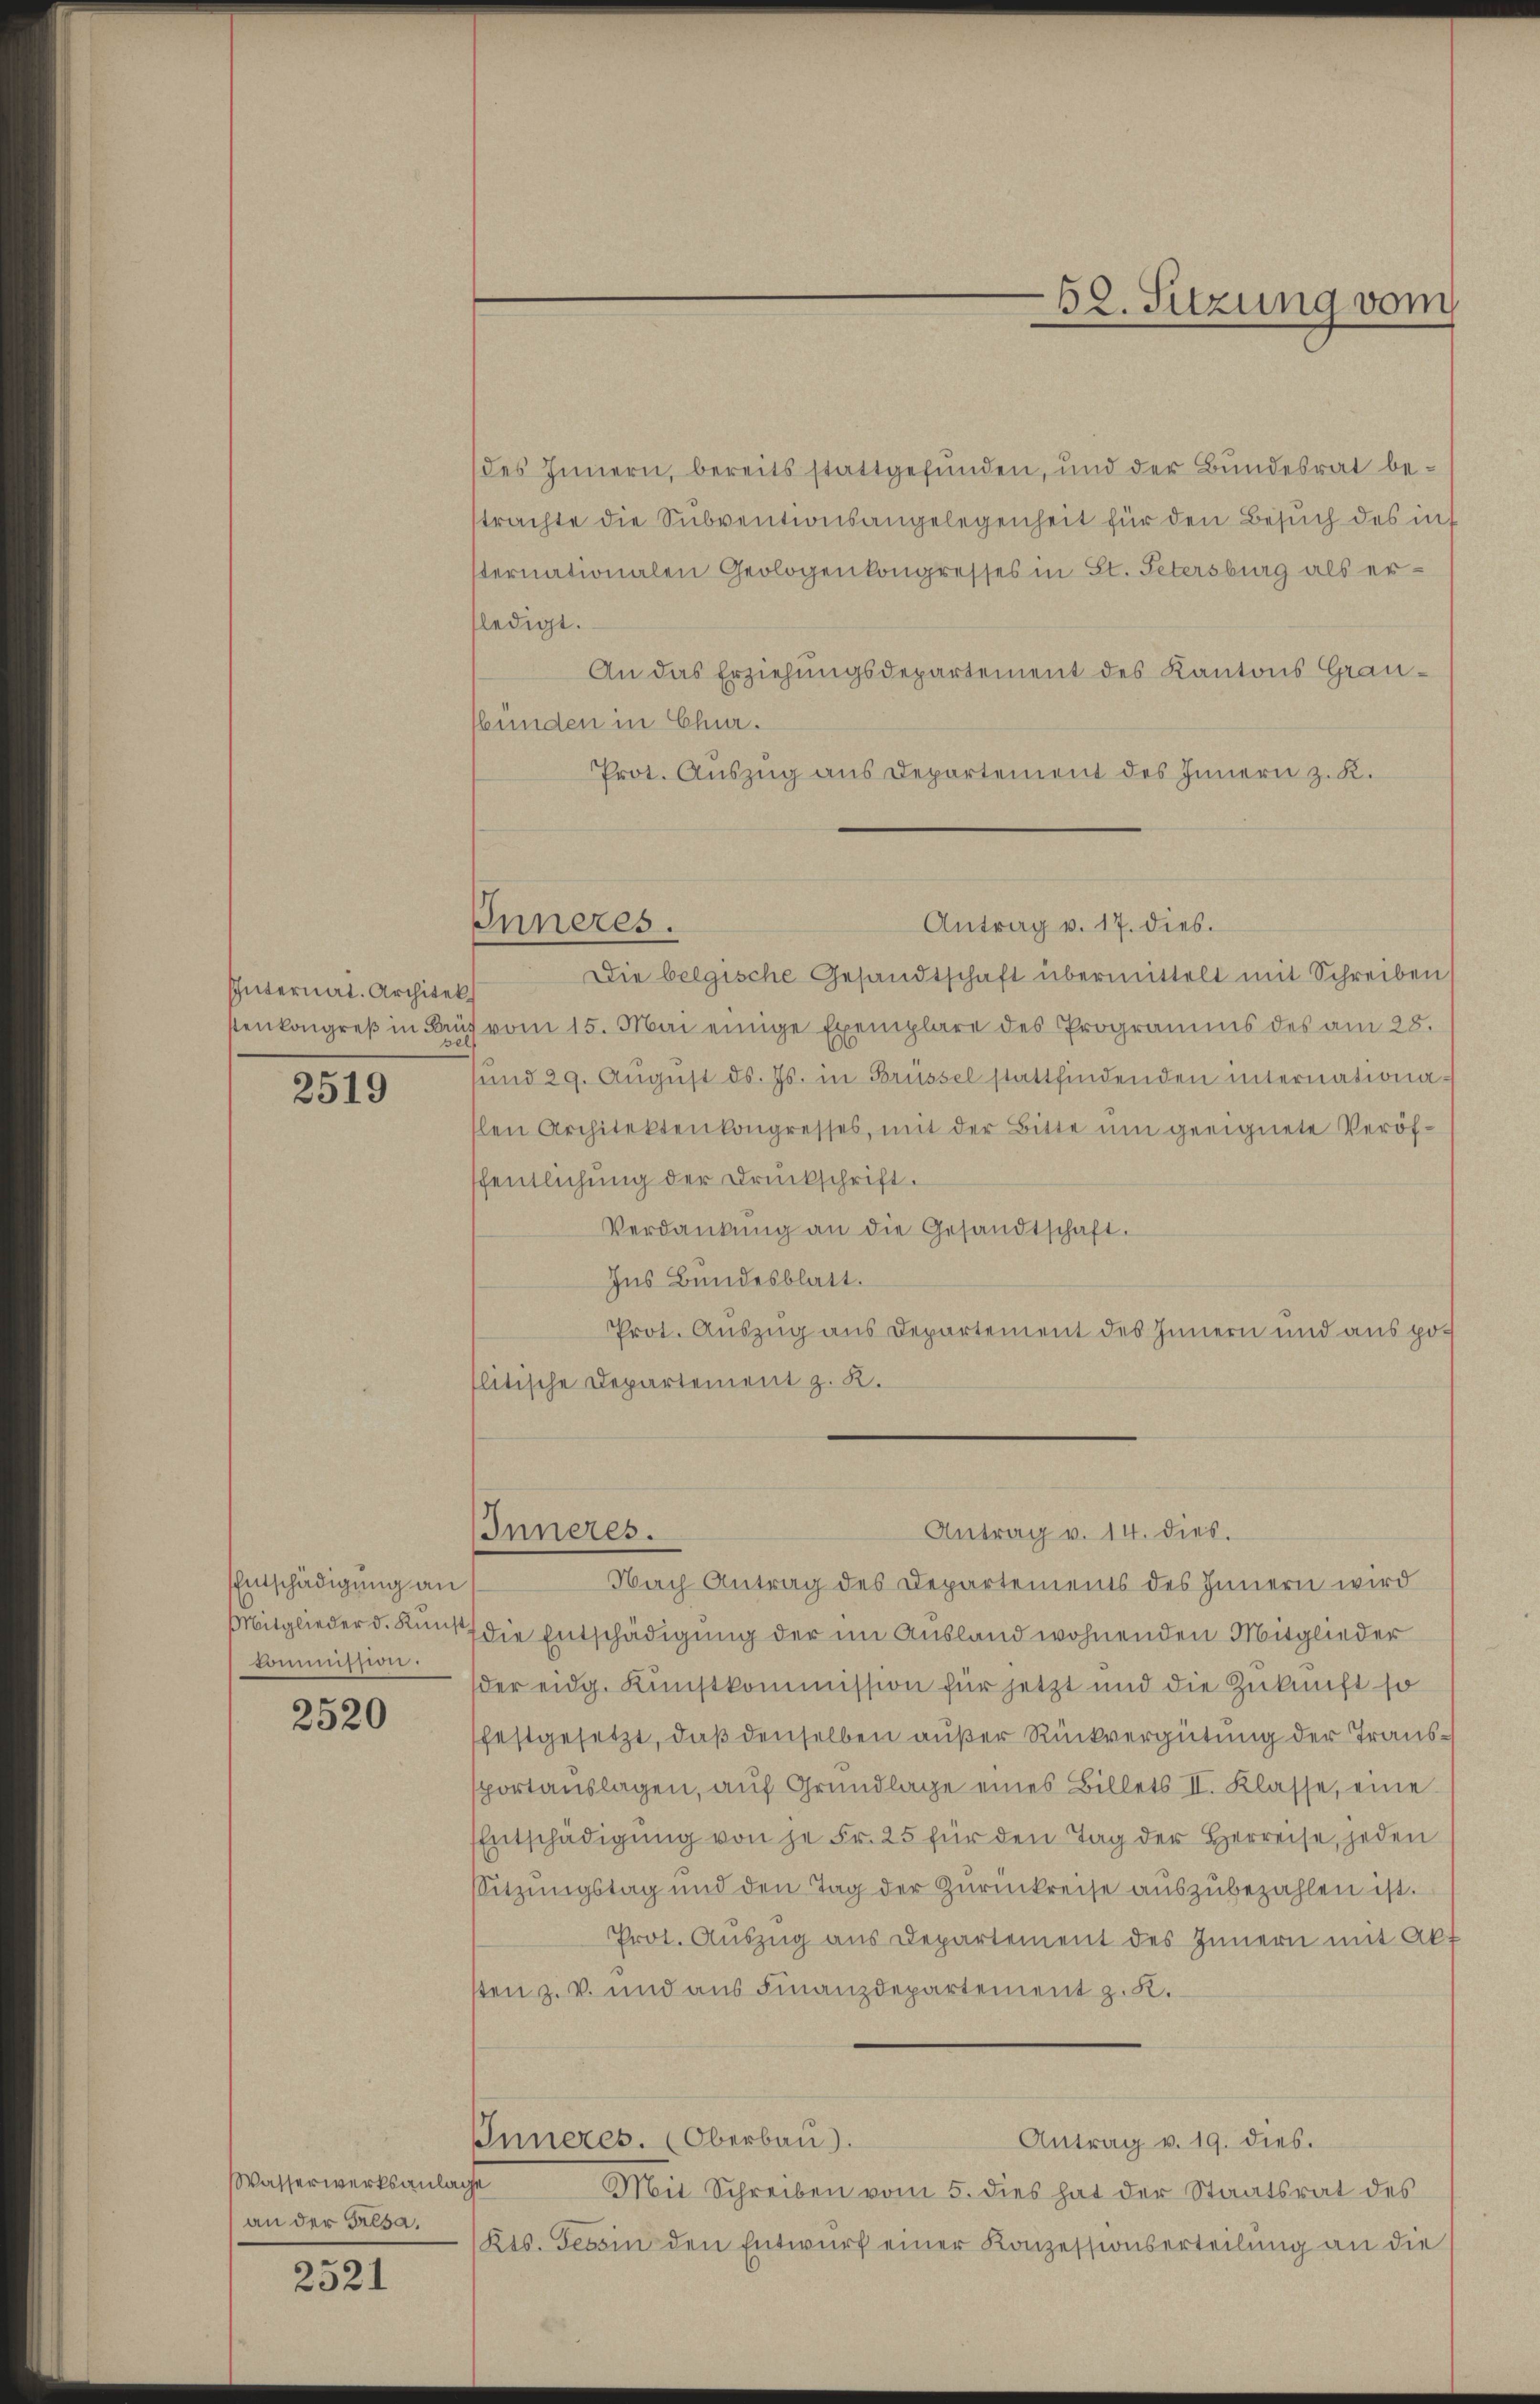
52. Sitzung vom

des Innern, bereits stattgefunden, und der Bundesrat bestrachte die Subventionsangelegenheit für den Besuch des inf
sternationalen Geologenkongresses in St. Petersburg als erledigt.
An das Erziehungsdepartement des Kantons Graubünden in Chur.
Prot. Auszug aus Departement des Innern z. K.

Inneres.

Antrag v. 17. dies.
Die belgische Gesandtschaft übermittelt mit Schreiben
vom 15. Mai einige Exemplare des Programms des am 28.
und 29. Aŭgŭst ds. Js. in Brüssel stattfindenden internationa-
len Architektenkongresses, mit der Bitte ŭm geeignete Veröffentlichung der Druckschrift.
Verdankŭng an die Gesandtschaft.
Ins Bundesblatt.
Prot. Auszug aus Departement des Innern und aus politische Departement z. R.

Internat. Architek
stenkongreß in Prüf

2519

Inneres.

Antrag v. 14. dies.
Nach Antrag des Departements des Innern wird
Mitglieder d. Ruck, die Entschädigung der im Ausland wohnenden Mitglieder
der eidg. Kunstkommission für jetzt und die Zukunft so
festgesetzt, daß denselben außer Rückvergütung der Transportanslagen, aŭf Grŭndlage eines Billets II. Klasse, eine
Entschädigŭng von je Fr. 25 für den Tag der Herreise, jeden
Sitzungstag und den Tag der Zŭrückreise auszubezahlen ist.
Prot. Aŭszŭg ans Departement des Innern mit Akt
tten z. v. und aus Finanzdepartement z. K.
Inneres. (Oberbau).
Antrag v. 19. dies.
Mit Schreiben vom 5. dies hat der Staatsrat des
Kts. Tessin den Entwurf einer Konzessionserteilung an die

Entschädigung an
commission.

2520

Wasserwerksanlage
an der Gresa.

2521